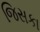
જિસકા